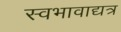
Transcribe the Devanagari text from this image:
स्वभावाद्यत्र